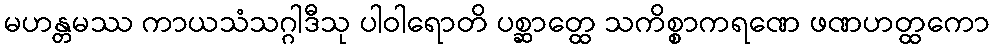
မဟန္တမဿ ကာယသံသဂ္ဂါဒီသု ပါဝါရောတိ ပစ္ဆာတ္ထေ သကိစ္စာကရဏေ ဖဏဟတ္ထကော